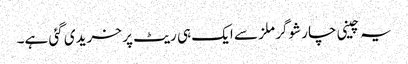
یہ چینی چار شوگر ملز سے ایک ہی ریٹ پر خریدی گئی ہے۔